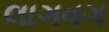
લાગવગ